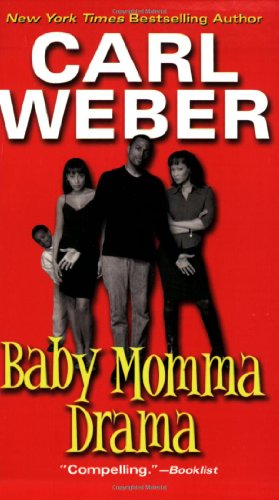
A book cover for Baby Momma Drama; Carl Weber; Romance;